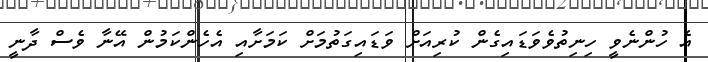
އެ ހުންނެވީ ހިނިތުވެވަޑައިގެން ކުރިއަށް ވަޑައިގަތުމަށް ކަމަށާއި އެހެންކަމުން އޭނާ ވެސް ދާނީ